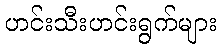
ဟင်းသီးဟင်းရွက်များ